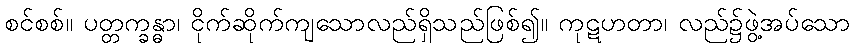
စင်စစ်။ ပတ္တက္ခန္ဓာ၊ ငိုက်ဆိုက်ကျသောလည်ရှိသည်ဖြစ်၍။ ကုဋဟတာ၊ လည်၌ဖွဲ့အပ်သော